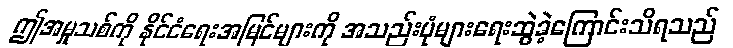
ဤအမှုသစ်ကို နိုင်ငံရေးအမြင်များကို အသည်းပုံများရေးဆွဲခဲ့ကြောင်းသိရသည်